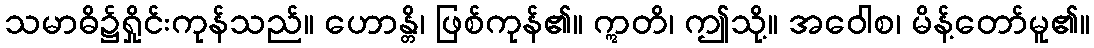
သမာဓိ၌ရှိုင်းကုန်သည်။ ဟောန္တိ၊ ဖြစ်ကုန်၏။ ဣတိ၊ ဤသို့။ အဝေါစ၊ မိန့်တော်မူ၏။